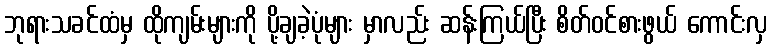
ဘုရားသခင်ထံမှ ထိုကျမ်းများကို ပို့ချခဲ့ပုံများ မှာလည်း ဆန်းကြယ်ပြီး စိတ်ဝင်စားဖွယ် ကောင်းလှ